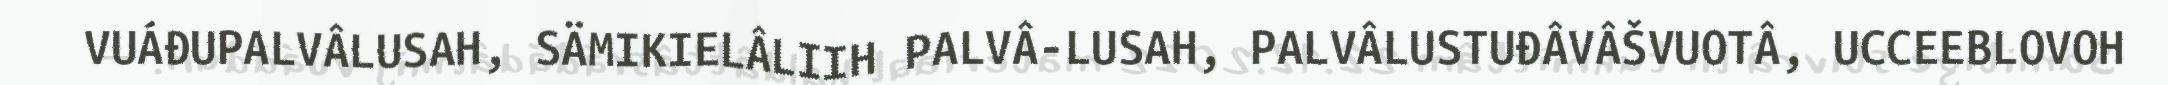
VUÁĐUPALVÂLUSAH, SÄMIKIELÂLIIH PALVÂ-LUSAH, PALVÂLUSTUĐÂVÂŠVUOTÂ, UCCEEBLOVOH